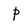
Character: p